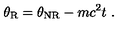
\theta _ { \mathrm { R } } = \theta _ { \mathrm { N R } } - m c ^ { 2 } t \ .